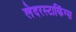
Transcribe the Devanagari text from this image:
लेदरस्टाकिंग्स